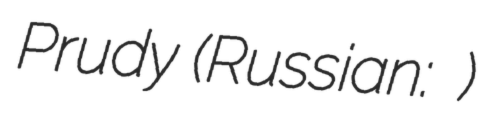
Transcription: Prudy (Russian: Большие Пруды)